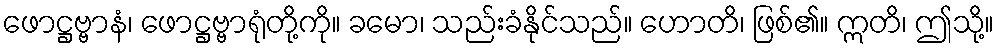
ဖောဋ္ဌဗ္ဗာနံ၊ ဖောဋ္ဌဗ္ဗာရုံတို့ကို။ ခမော၊ သည်းခံနိုင်သည်။ ဟောတိ၊ ဖြစ်၏။ ဣတိ၊ ဤသို့။